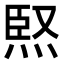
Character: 𭴸